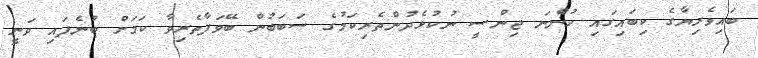
ބައިވެރިޔާގެ ކިބައިގައި ހުންނަ ޖިންސީ ނުކުޅެދުންތެރިކަމުގެ ސަބަބުން ބޭވަފާތެރިވާ ކަމަށް ބުނެފައި ވަނީ